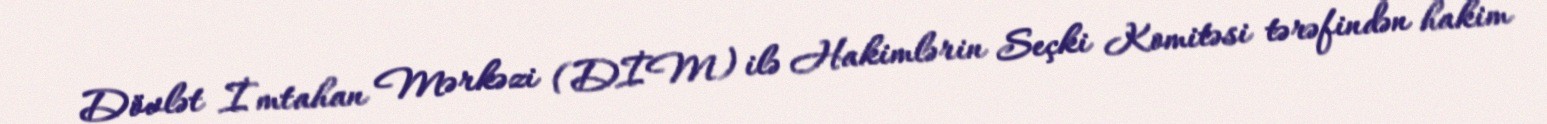
Dövlət İmtahan Mərkəzi (DİM) ilə Hakimlərin Seçki Komitəsi tərəfindən hakim